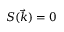
S ( \vec { k } ) = 0